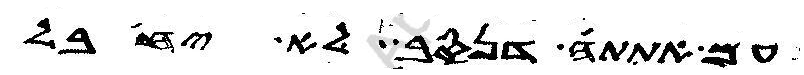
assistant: עם אתתה דנסב לא יחבל